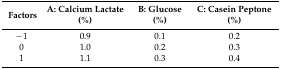
| Factors | A: Calcium Lactate (%) | B: Glucose (%) | C: Casein Peptone (%) |
 | --- | --- | --- | --- |
 | −1 | 0.9 | 0.1 | 0.2 |
 | 0 | 1.0 | 0.2 | 0.3 |
 | 1 | 1.1 | 0.3 | 0.4 |